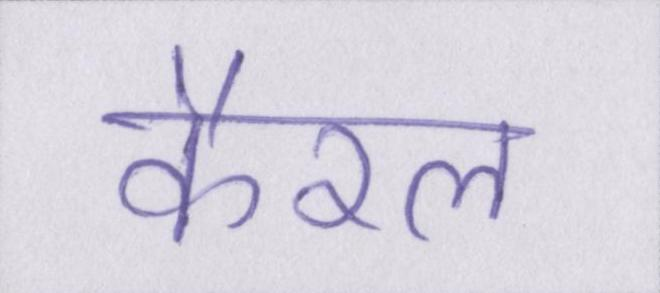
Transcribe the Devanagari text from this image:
कैरल